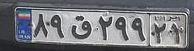
۸۹ق۲۹۹۲۱